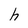
Character: h